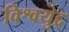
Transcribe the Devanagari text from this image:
विश्वयुद्द